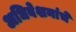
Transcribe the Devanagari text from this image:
अधिवेशनांचे